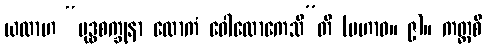
ယထာဟ “ဗုဒ္ဓစက္ခုနာ လောကံ ဝေါလောကေသီ”တိ (မဟာဝ။ ၉)။ ကတ္ထစိ